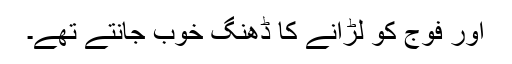
اور فوج کو لڑانے کا ڈھنگ خوب جانتے تھے۔